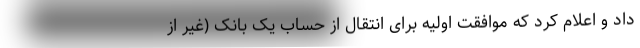
داد و اعلام کرد که موافقت اولیه برای انتقال از حساب یک بانک (غیر از